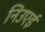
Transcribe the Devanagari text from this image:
निउएई